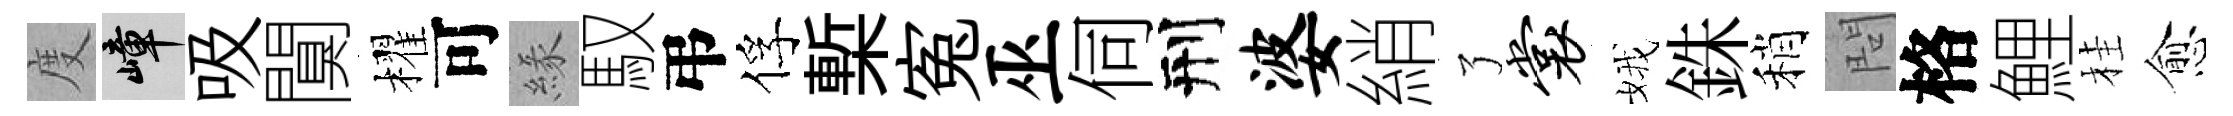
度嶂吸闃櫂可緣馭弔俘槧寃巫伺刑婆綃了裳娥銖稍問格鯉桂愈